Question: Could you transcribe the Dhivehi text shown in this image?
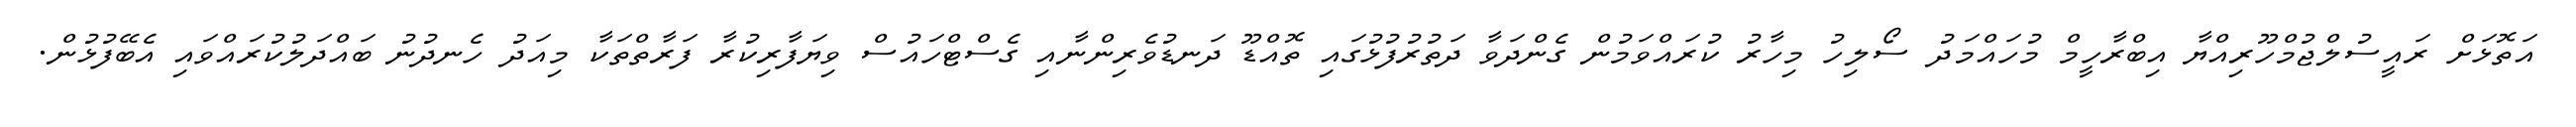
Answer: އަތޮޅަށް ރައީސުލްޖުމްހޫރިއްޔާ އިބްރާހީމް މުހައްމަދު ސޯލިހު މިހާރު ކުރައްވަމުން ގެންދަވާ ދަތުރުފުޅުގައި ތޮއްޑޫ ދަނޑުވެރިންނާއި ގެސްޓްހައުސް ވިޔަފާރިކުރާ ފަރާތްތަކާ މިއަދު ހެނދުނު ބައްދަލުކުރައްވައި އެބޭފުޅުން.